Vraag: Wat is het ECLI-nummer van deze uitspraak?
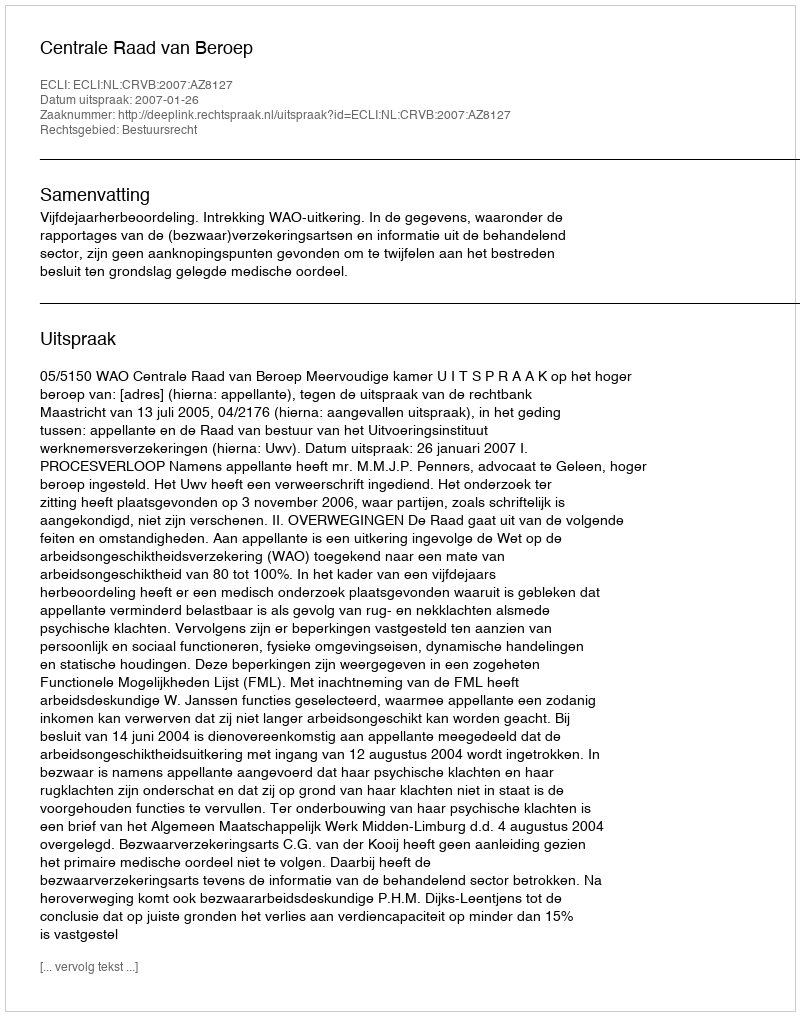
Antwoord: ECLI:NL:CRVB:2007:AZ8127